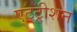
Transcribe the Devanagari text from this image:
एट्ट्रीशन